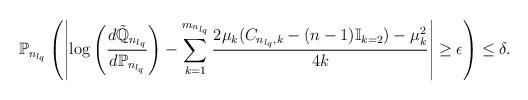
LaTeX: \begin{align*}\mathbb{P}_{n_{l_q}}\left( \left| \log\left(\frac{d\tilde{\mathbb{Q}}_{n_{l_{q}}}}{d\mathbb{P}_{n_{l_{q}}}}\right) - \sum_{k=1}^{m_{n_{l_q}}} \frac{2\mu_{k}(C_{n_{l_q},k}- (n-1)\mathbb{I}_{k=2})-\mu_{k}^{2}}{4k}\right| \ge \epsilon \right)\le \delta.\end{align*}